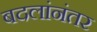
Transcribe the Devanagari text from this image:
बदलांनंतर